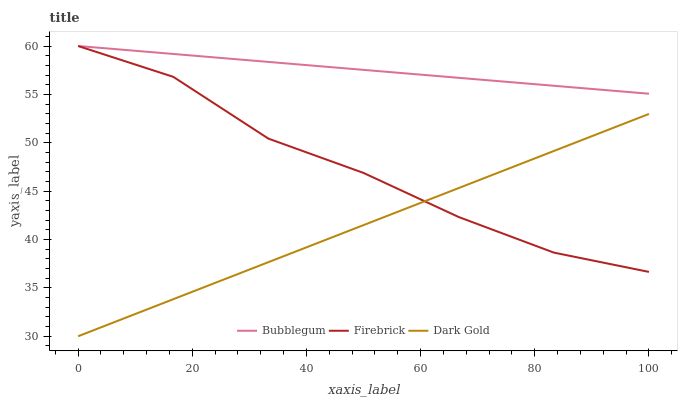
| xaxis_label | Bubblegum | Firebrick | Dark Gold |
 | --- | --- | --- | --- |
 | 0 | 60 | 60 | 30 |
 | 16.7 | 59.2 | 56.8 | 33.8 |
 | 33.3 | 58.4 | 50.4 | 37.7 |
 | 50 | 57.5 | 46.9 | 41.5 |
 | 66.7 | 56.7 | 42.3 | 45.3 |
 | 83.3 | 55.9 | 38.6 | 49.1 |
 | 100 | 55.1 | 36.7 | 53 |